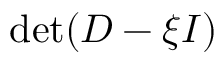
\operatorname* { d e t } ( D - \xi I )